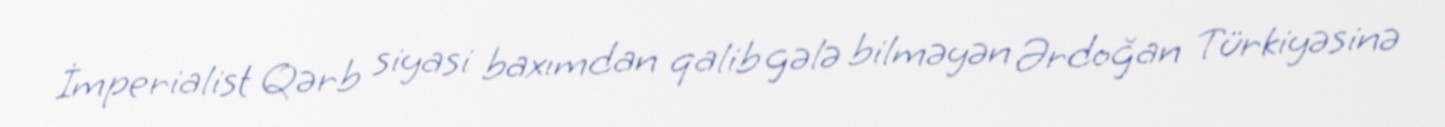
İmperialist Qərb siyasi baxımdan qalib gələ bilməyən Ərdoğan Türkiyəsinə